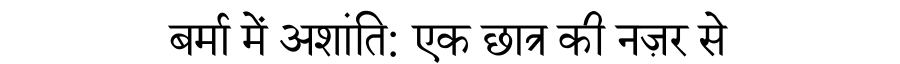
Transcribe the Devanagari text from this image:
बर्मा में अशांति: एक छात्र की नज़र से